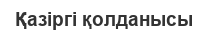
Қазіргі қолданысы